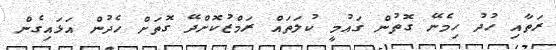
ރަތާއި ހުދު ހިމެނޭ ގޮތުން ގައުމީ ކުލަތައް ރަމްޒުކޮށްދޭ ގޮތަށް ހެދުން އަޅައިގެން